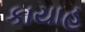
કાયાહ